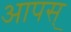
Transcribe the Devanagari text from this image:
आपस्‌